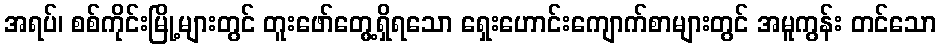
အရပ်၊ စစ်ကိုင်းမြို့များတွင် တူးဖော်တွေ့ရှိရသော ရှေးဟောင်းကျောက်စာများတွင် အမူကွန်း တင်သော